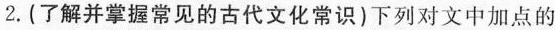
2.（了解并掌握常见的古代文化常识）下列对文中加点的